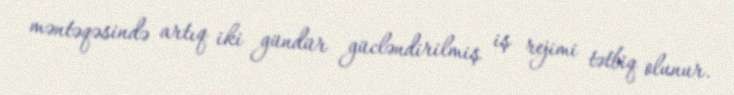
məntəqəsində artıq iki gündür gücləndirilmiş iş rejimi tətbiq olunur.